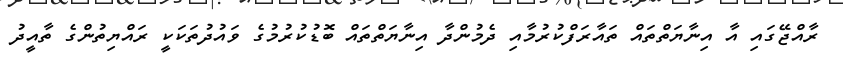
ރާއްޖޭގައި އާ އިނާޔަތްތައް ތައާރަފްކުރުމާއި ދެމުންދާ އިނާޔަތްތައް ބޮޑުކުރުމުގެ ވައުދުތަކަކީ ރައްޔިތުންގެ ތާއީދު